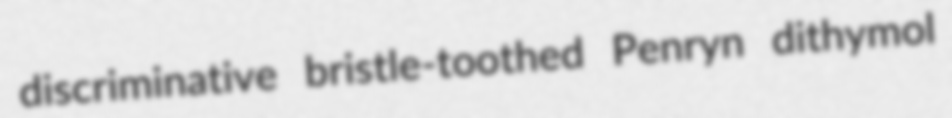
discriminative bristle-toothed Penryn dithymol